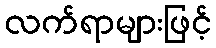
လက်ရာများဖြင့်